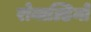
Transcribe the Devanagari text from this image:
रोनाल्डिनो